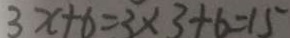
3 x + 6 = 3 \times 3 + 6 = 1 5